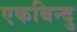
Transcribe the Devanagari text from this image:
एकबिन्दु